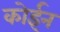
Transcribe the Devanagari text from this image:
कोईन